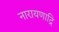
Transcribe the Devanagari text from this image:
नारायणाद्रि